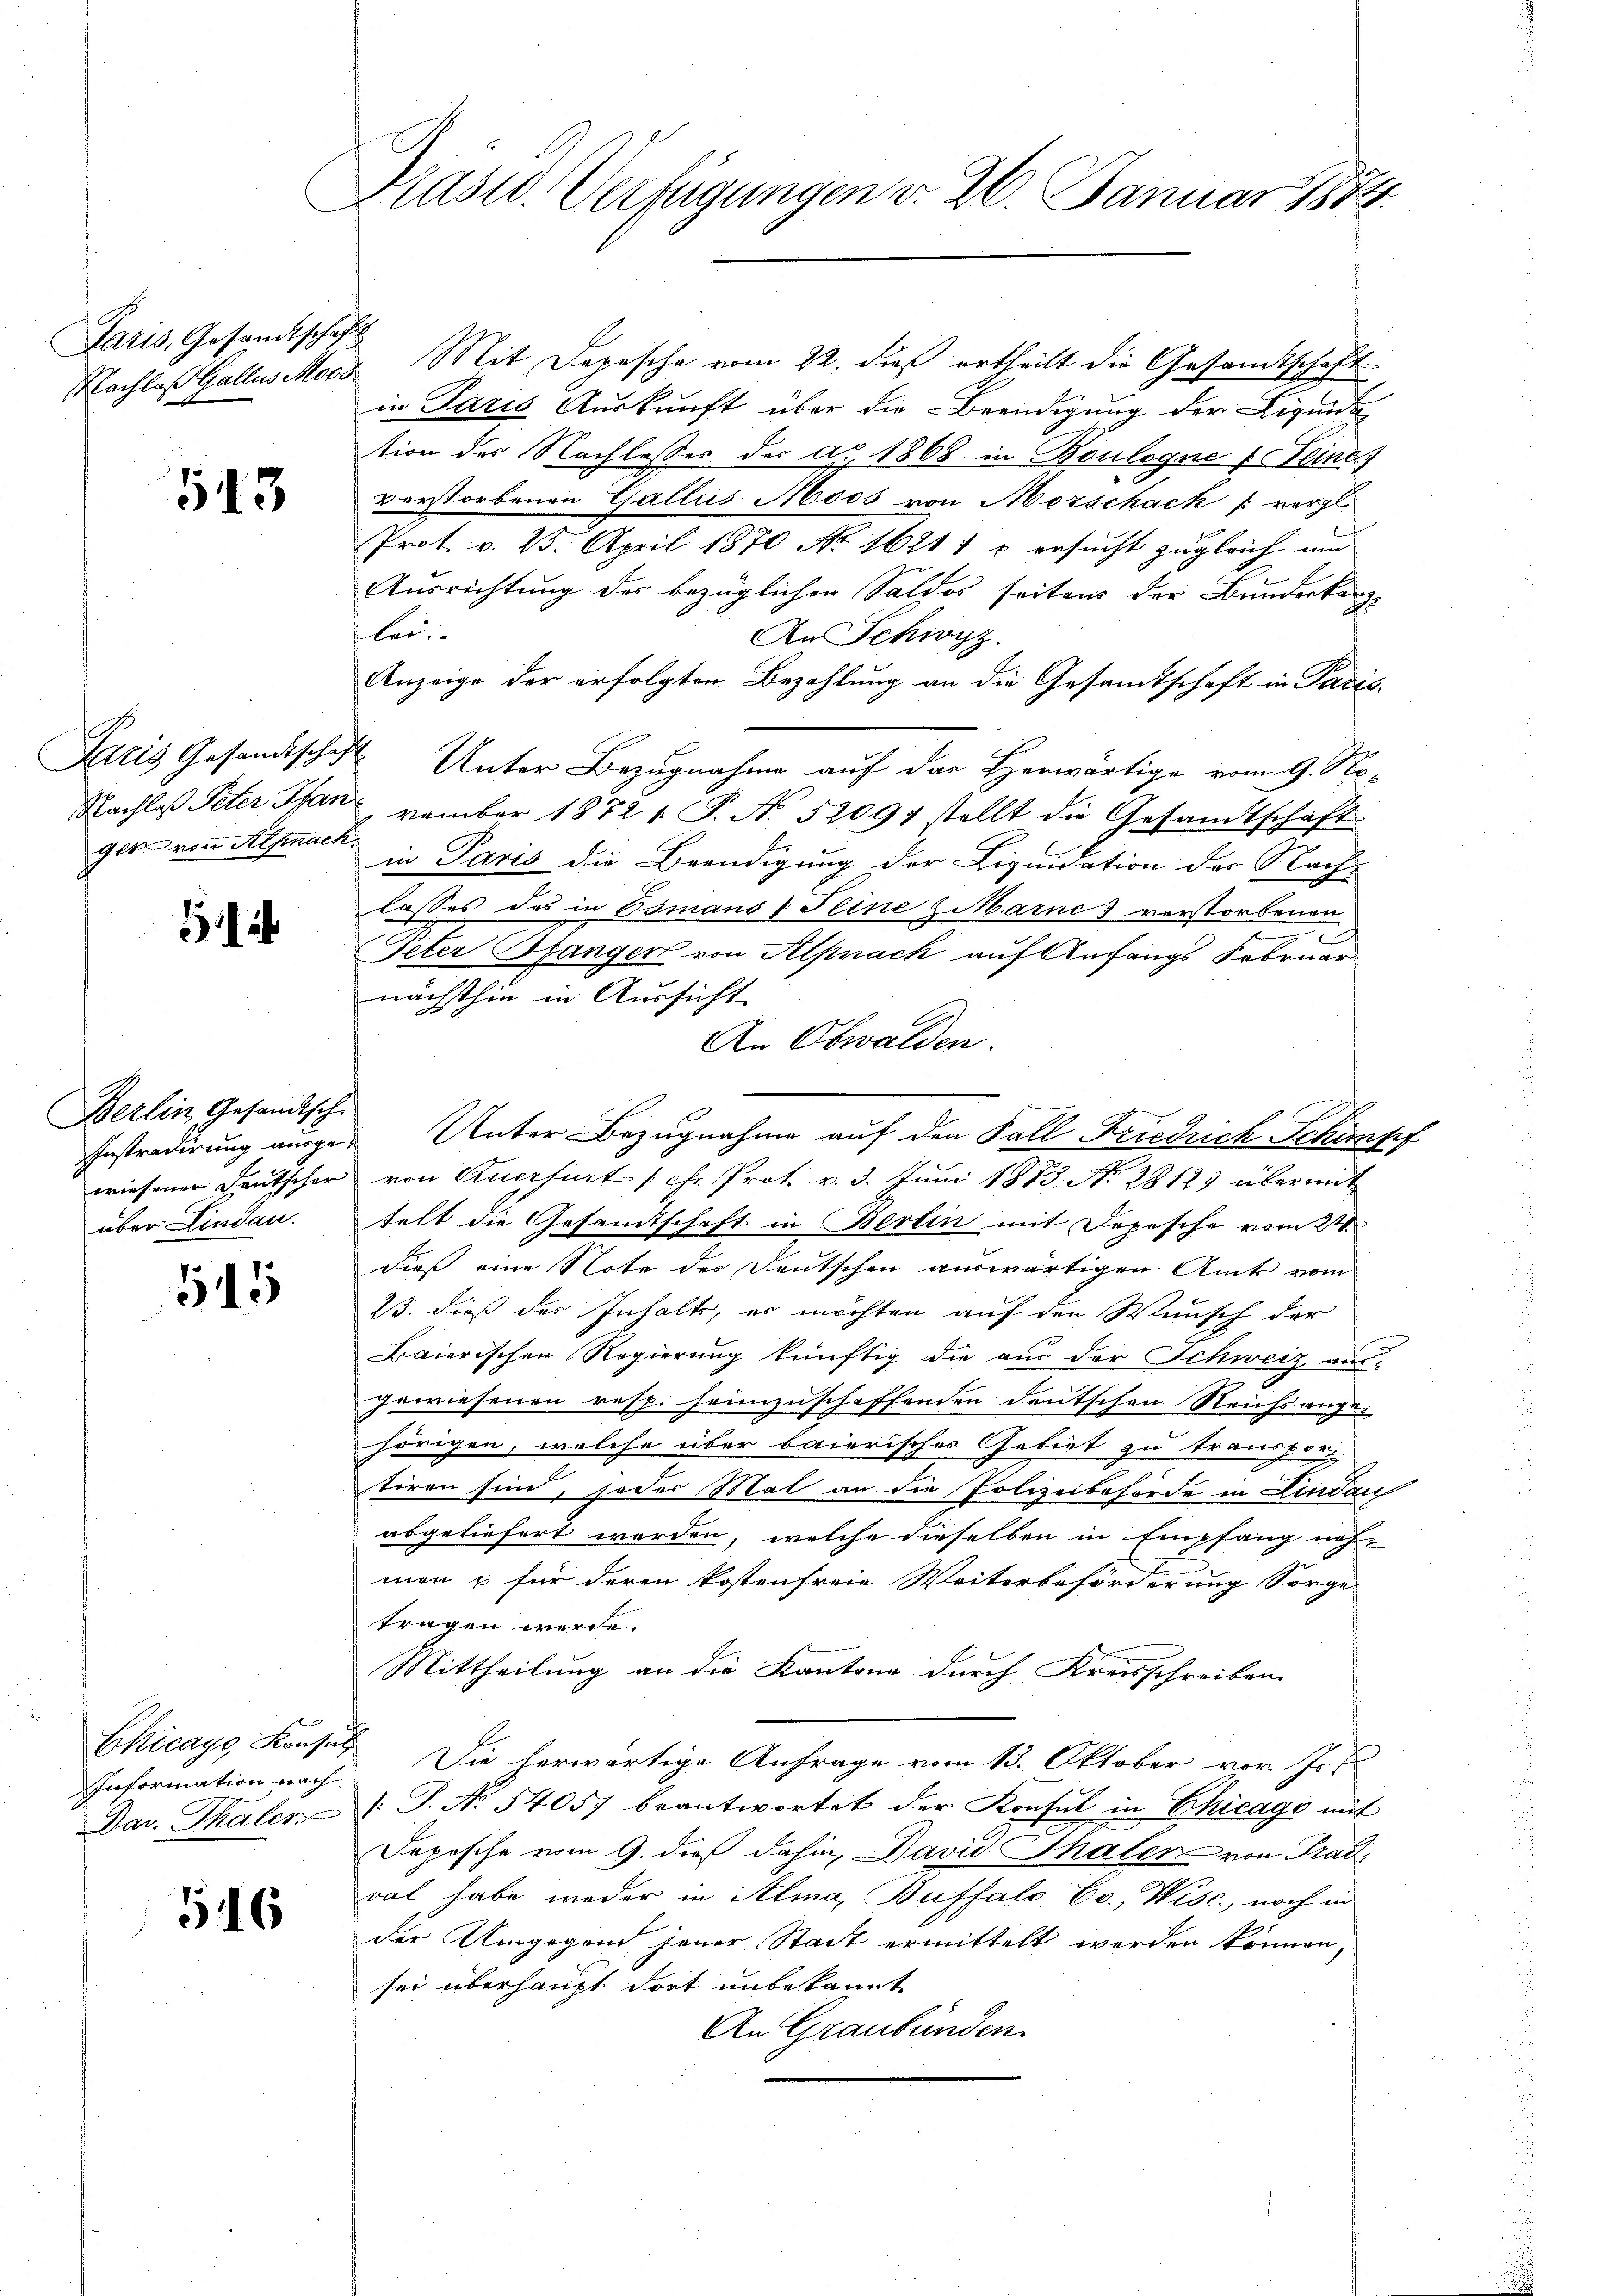
Paris, Gesandtschaft

513

glt von Alpnack

51

Berlin Gesandtische
wiesener Leutscher
über Lindau.

15

Chicagg Konsul
Information nach
Dar. Thaler

546

Präsid. Verfügungen d. 26. Januar 1884

Nachlaß Galles Merz Mit Depesche vom 22. dieß ertheilt die Gesandtschaft
in Paris Auskunft über die Beendigung der Liquidation der Nachlasses der ag. 1868 in Boulogne Er eine
verstorbenen Gallus Moos von Morschach (vergl.
Prot. v. 25. April 1870 No 1621) o ersucht zugleich um
Ausrichtung des bezüglichen Saldos seitens der Bundeskanz-
lee.
An Schwyz.
Anzeige der erfolgten Bezahlung an die Gesamtschaft in Paris.
Aaris Gesandtschaft Unter Bezugnahme auf das Herwärtige vom 9. No-
Nachlaß Peter Spanovember 1872 1 S. N. 52097 stellt die Gesandtschaft
in Paris die Beendigung der Liquidation der Nach-
lasses das in Osmans 1 Feine Marne 3 verstorbenen
e
Peter Banger von Alpnach auf Anfangs Februar
nächsthin in Aussicht
An Obwalden.
von Querfurt schr. Prot. v. 3. Juni 1873 No 2812) übermit
telt die Gesandtschaft in Berlin mit Depesche vom 21.
dieß eine Note des Deutschen auswärtigen Amts vom
23. dieß des Inhalts, er möchten auf den Wunsch der
Baierischen Regierung künftig die aus der Schweiz aus-
gewiesenen resp. heimzuschaffenden deutschen Reichsangehörigen, welche über baierisches Gebiet zu transportiren sind, jeder Mal an die Polizeibehörde in Lindau
abgeliefert werden, welche dieselben in Empfang nah-
mon u für deren kostenfreie Weiterbeförderung Sorge
tragen werde.
Mittheilung an die Kantone durch Kreisschreiben
Die herwärtige Anfrage vom 13. Oktober vor Ist
[P. No 54057 beantwortet der Konsul in Chicago mit
Jepesche vom 9. dieß dahin, David Thalen von Tradi
val habe weder in Alma, Buffalo Cc., Wisc., noch in
der Umgegend jener Stadt ermittelt werden können,
sei überhaupt dort unbekannt
An Graubünden.

Instradirung ausge-Unter Bezugnahme auf den Fall Friedrich Schimpf